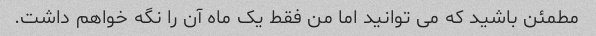
مطمئن باشید که می توانید اما من فقط یک ماه آن را نگه خواهم داشت.